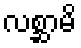
လစ္ဆာမိ